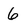
Character: 6